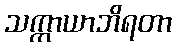
သက္ကာယာဘိရတာ